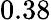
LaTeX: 0.38